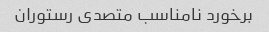
برخورد نامناسب متصدی رستوران